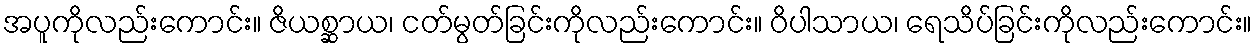
အပူကိုလည်းကောင်း။ ဇိယစ္ဆာယ၊ ငတ်မွတ်ခြင်းကိုလည်းကောင်း။ ဝိပါသာယ၊ ရေသိပ်ခြင်းကိုလည်းကောင်း။